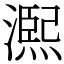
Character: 𤏁